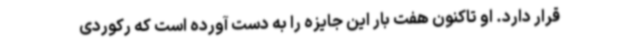
قرار دارد. او تاکنون هفت بار این جایزه را به دست آورده است که رکوردی